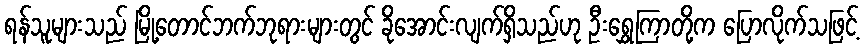
ရန်သူများသည် မြို့တောင်ဘက်ဘုရားများတွင် ခိုအောင်းလျက်ရှိသည်ဟု ဦးရွှေကြာတို့က ပြောလိုက်သဖြင့်